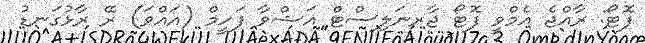
ފޮޓޯ: ރާއްޖެ އެމްވީ ފޮޓޯ ޖާރނަލިސްޓް އަޝްވާ ފަހީމް (އައްވަ) ރޭ ރާޅުގަނޑު